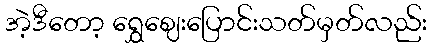
အဲ့ဒီတော့ ရွှေဈေးပြောင်းသတ်မှတ်လည်း